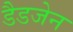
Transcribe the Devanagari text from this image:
डैडजेन